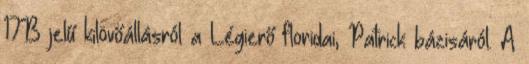
17B jelű kilövőállásról a Légierő floridai, Patrick bázisáról. A